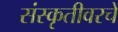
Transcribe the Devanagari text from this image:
संस्कृतीवरचे